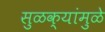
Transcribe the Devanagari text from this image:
सुळक्यांमुळे